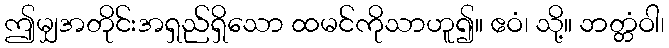
ဤမျှအတိုင်းအရှည်ရှိသော ထမင်ကိုသာဟူ၍။ ဧဝံ၊ သို့။ ဘတ္တံဝါ၊